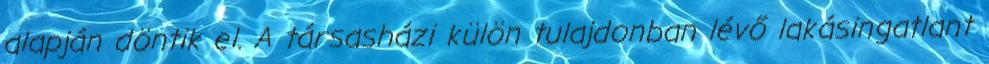
alapján döntik el. A társasházi külön tulajdonban lévő lakásingatlant